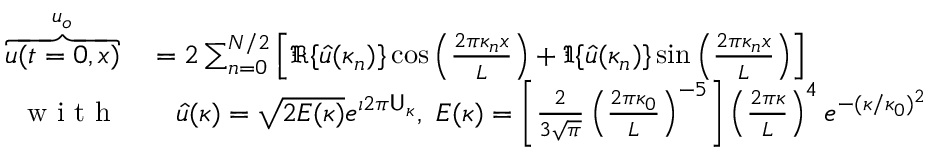
\begin{array} { r l } { \overbrace { u ( t = 0 , x ) } ^ { u _ { o } } } & { { } = 2 \sum _ { n = 0 } ^ { N / 2 } \left[ \Re \{ \hat { u } ( \kappa _ { n } ) \} \cos \left( \frac { 2 \pi \kappa _ { n } x } { L } \right) + \Im \{ \hat { u } ( \kappa _ { n } ) \} \sin \left( \frac { 2 \pi \kappa _ { n } x } { L } \right) \right] } \\ { \mathrm { ~ w ~ i ~ t ~ h ~ } } & { { } \quad \hat { u } ( \kappa ) = \sqrt { 2 E ( \kappa ) } e ^ { \imath 2 \pi \mathsf { U } _ { \kappa } } , \ E ( \kappa ) = \left[ \frac { 2 } { 3 \sqrt { \pi } } \left( \frac { 2 \pi \kappa _ { 0 } } { L } \right) ^ { - 5 } \right] \left( \frac { 2 \pi \kappa } { L } \right) ^ { 4 } e ^ { - ( \kappa / \kappa _ { 0 } ) ^ { 2 } } } \end{array}